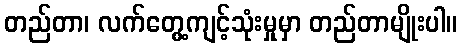
တည်တာ၊ လက်တွေ့ကျင့်သုံးမှုမှာ တည်တာမျိုးပါ။